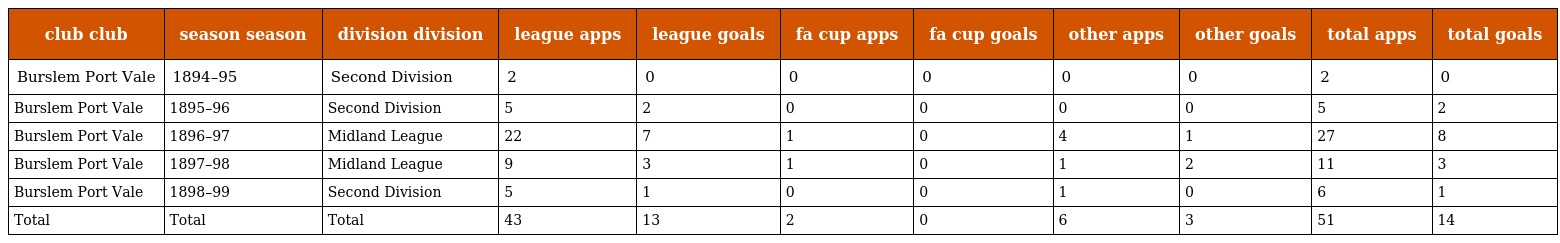
| club club | season season | division division | league apps | league goals | fa cup apps | fa cup goals | other apps | other goals | total apps | total goals |
 | --- | --- | --- | --- | --- | --- | --- | --- | --- | --- | --- |
 | Burslem Port Vale | 1894–95 | Second Division | 2 | 0 | 0 | 0 | 0 | 0 | 2 | 0 |
 | Burslem Port Vale | 1895–96 | Second Division | 5 | 2 | 0 | 0 | 0 | 0 | 5 | 2 |
 | Burslem Port Vale | 1896–97 | Midland League | 22 | 7 | 1 | 0 | 4 | 1 | 27 | 8 |
 | Burslem Port Vale | 1897–98 | Midland League | 9 | 3 | 1 | 0 | 1 | 2 | 11 | 3 |
 | Burslem Port Vale | 1898–99 | Second Division | 5 | 1 | 0 | 0 | 1 | 0 | 6 | 1 |
 | Total | Total | Total | 43 | 13 | 2 | 0 | 6 | 3 | 51 | 14 |